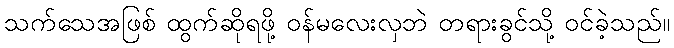
သက်သေအဖြစ် ထွက်ဆိုရဖို့ ဝန်မလေးလှဘဲ တရားခွင်သို့ ဝင်ခဲ့သည်။